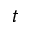
t